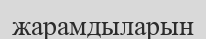
жарамдыларын